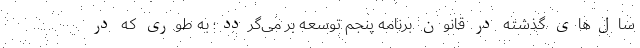
سال‌های گذشته در قانون برنامه پنجم توسعه بر می‌گردد؛ به طوری که در